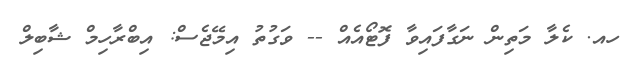
ހއ. ކެލާ މަތިން ނަގާފައިވާ ފޮޓޯއެއް -- ވަގުތު އިމޭޖެސް: އިބްރާހިމް ޝާބިލް